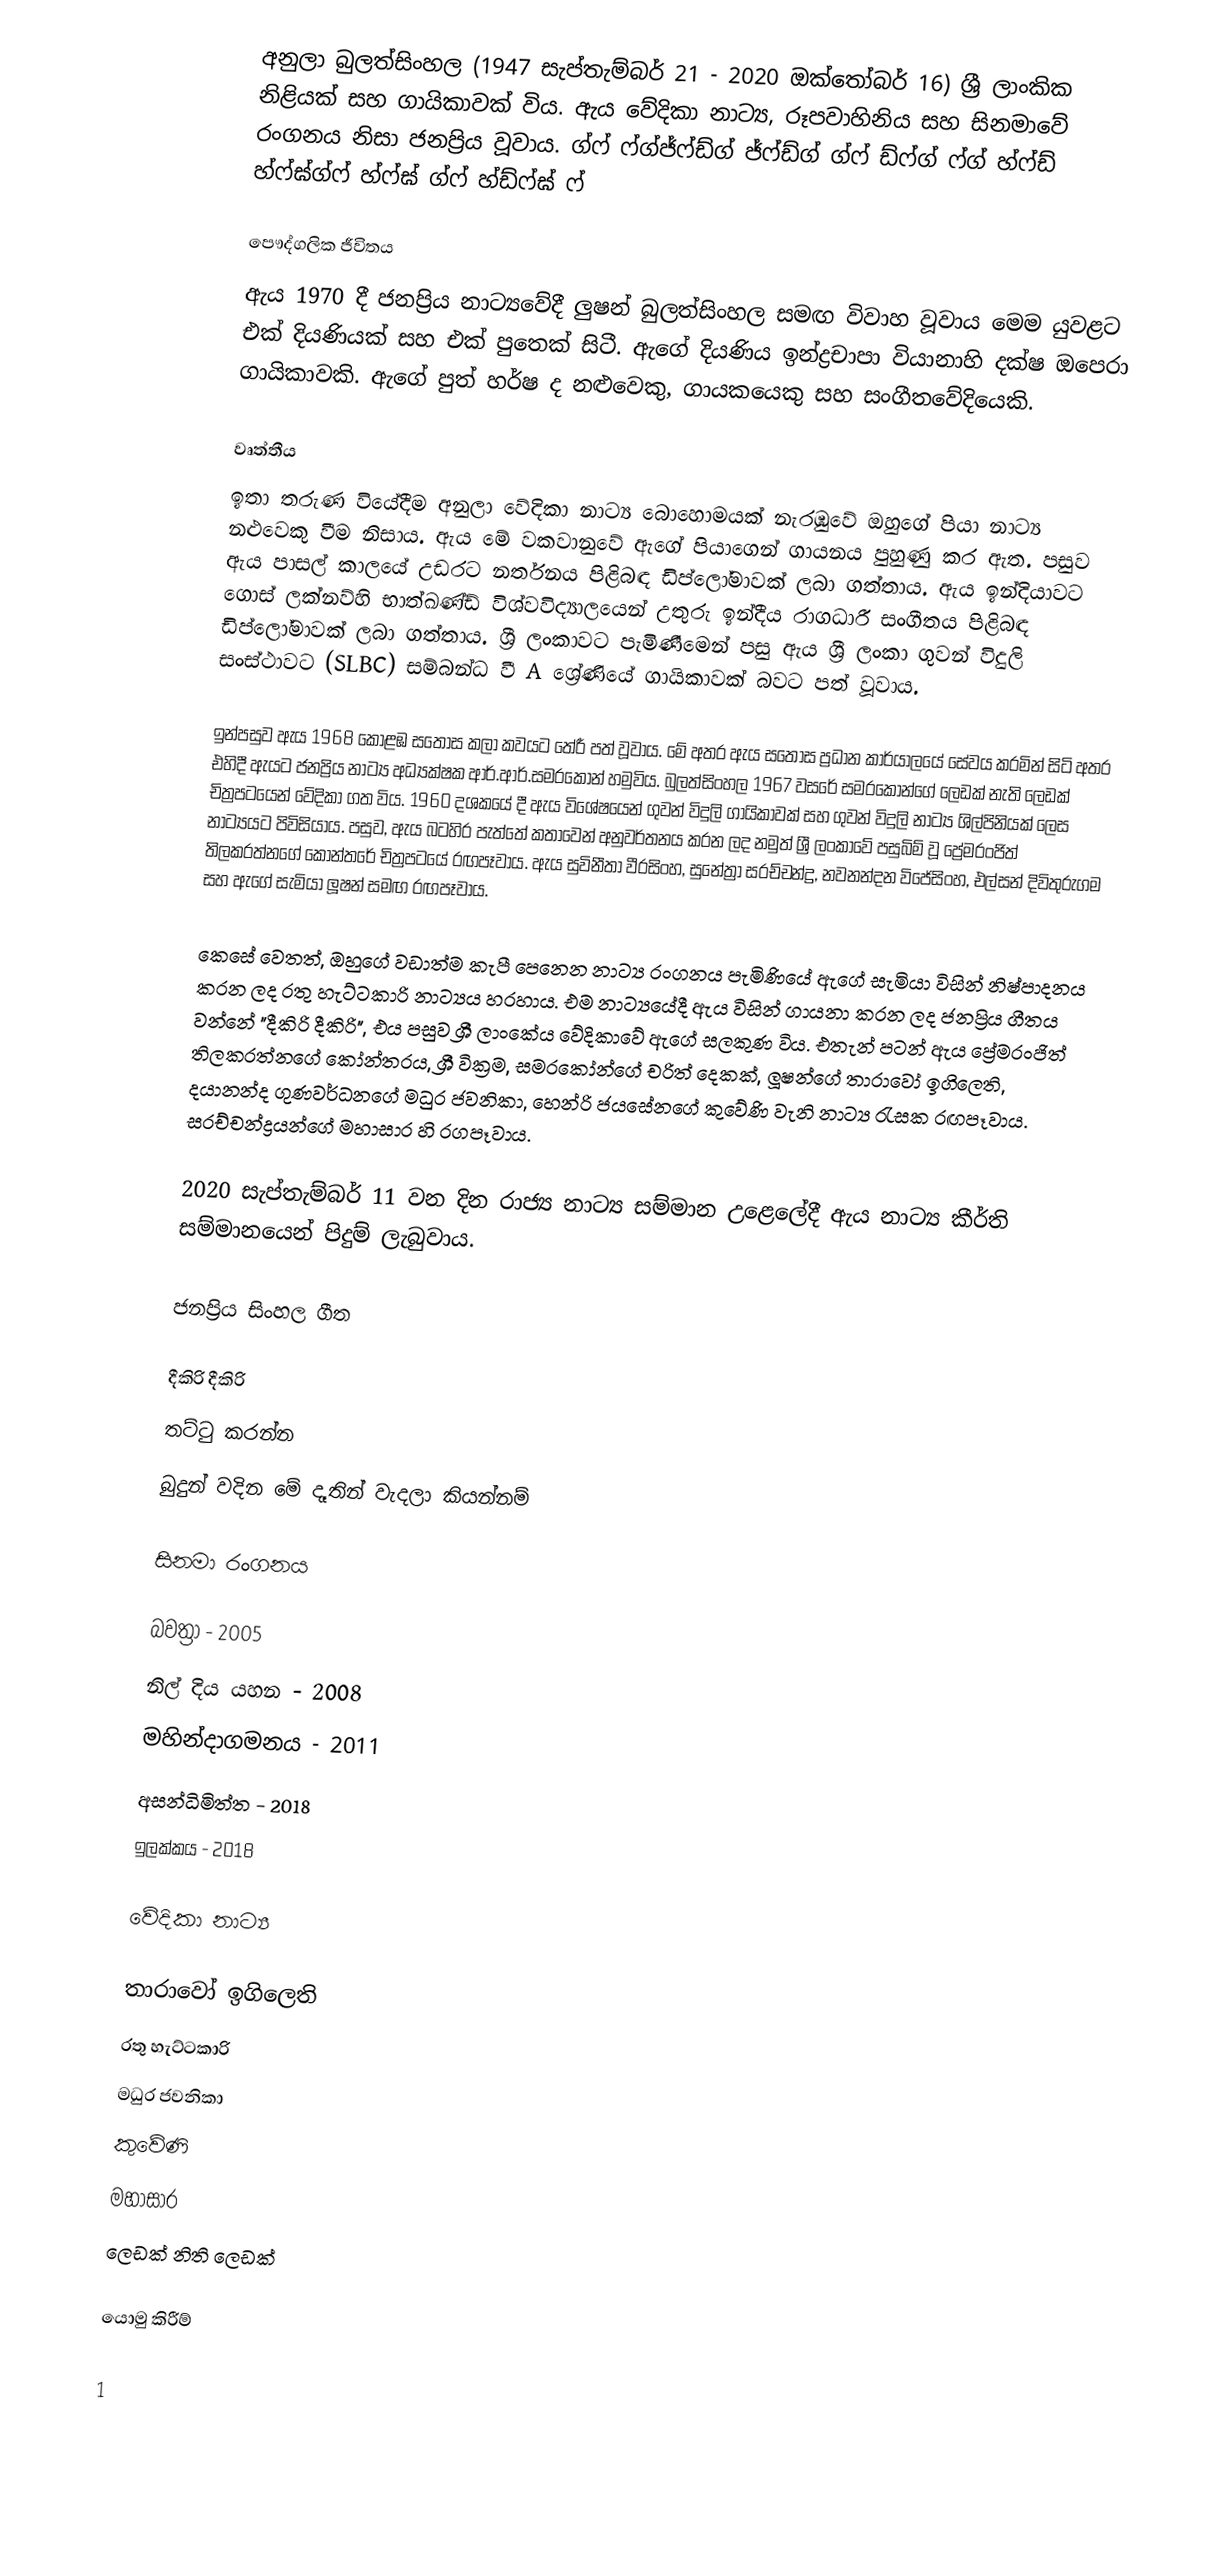
අනුලා බුලත්සිංහල (1947 සැප්තැම්බර් 21 - 2020 ඔක්තෝබර් 16) ශ්‍රී ලාංකික නිළියක් සහ ගායිකාවක් විය. ඇය වේදිකා නාට්‍ය, රූපවාහිනිය සහ සිනමාවේ රංගනය නිසා ජනප්‍රිය වූවාය.  ග්ෆ් ෆ්ග්ජ්ෆ්ඩ්ග් ජ්ෆ්ඩ්ග් ග්ෆ් ඩ්ෆ්ග් ෆ්ග් හ්ෆ්ඩ් හ්ෆ්ඝ්ග්ෆ් හ්ෆ්ඝ් ග්ෆ් හ්ඩ්ෆ්ඝ් ෆ්

පෞද්ගලික ජීවිතය
ඇය 1970 දී ජනප්‍රිය නාට්‍යවේදී ලුෂන් බුලත්සිංහල සමඟ විවාහ වූවාය  මෙම යුවළට එක් දියණියක් සහ එක් පුතෙක් සිටී. ඇගේ දියණිය ඉන්ද්‍රචාපා වියානාහි දක්ෂ ඔපෙරා ගායිකාවකි. ඇගේ පුත් හර්ෂ ද නළුවෙකු, ගායකයෙකු සහ සංගීතවේදියෙකි.

වෘත්තීය
ඉතා තරුණ වියේදීම අනුලා වේදිකා නාට්‍ය බොහොමයක් නැරඹුවේ ඔහුගේ පියා නාට්‍ය නළුවෙකු වීම නිසාය. ඇය මේ වකවානුවේ ඇගේ පියාගෙන් ගායනය පුහුණු කර ඇත. පසුව ඇය පාසල් කාලයේ උඩරට නර්තනය පිළිබඳ ඩිප්ලෝමාවක් ලබා ගත්තාය. ඇය ඉන්දියාවට ගොස් ලක්නව්හි භාත්ඛණ්ඩ් විශ්වවිද්‍යාලයෙන් උතුරු ඉන්දීය රාගධාරී සංගීතය පිළිබඳ ඩිප්ලෝමාවක් ලබා ගත්තාය. ශ්‍රී ලංකාවට පැමිණීමෙන් පසු ඇය ශ්‍රී ලංකා ගුවන් විදුලි සංස්ථාවට (SLBC) සම්බන්ධ වී A ශ්‍රේණියේ ගායිකාවක් බවට පත් වූවාය.

ඉන්පසුව ඇය 1968 කොළඹ සතොස කලා කවයට තේරී පත් වූවාය. මේ අතර ඇය සතොස ප්‍රධාන කාර්යාලයේ සේවය කරමින් සිටි අතර එහිදී ඇයට ජනප්‍රිය නාට්‍ය අධ්‍යක්ෂක ආර්.ආර්.සමරකෝන් හමුවිය. බුලත්සිංහල 1967 වසරේ සමරකෝන්ගේ ලෙඩක් නැති ලෙඩක් චිත්‍රපටයෙන් වේදිකා ගත විය. 1960 දශකයේ දී ඇය විශේෂයෙන් ගුවන් විදුලි ගායිකාවක් සහ ගුවන් විදුලි නාට්‍ය ශිල්පිනියක් ලෙස නාට්‍යයට පිවිසියාය. පසුව, ඇය බටහිර පැත්තේ කතාවෙන් අනුවර්තනය කරන ලද නමුත් ශ්‍රී ලංකාවේ පසුබිම් වූ ප්‍රේමරංජිත් තිලකරත්නගේ කෝන්තරේ චිත්‍රපටයේ රඟපෑවාය. ඇය සුවිනීතා වීරසිංහ, සුනේත්‍රා සරච්චන්ද්‍ර, නවනන්දන විජේසිංහ, එල්සන් දිවිතුරුගම සහ ඇගේ සැමියා ලූෂන් සමඟ රඟපෑවාය.

කෙසේ වෙතත්, ඔහුගේ වඩාත්ම කැපී පෙනෙන නාට්‍ය රංගනය පැමිණියේ ඇගේ සැමියා විසින් නිෂ්පාදනය කරන ලද රතු හැට්ටකාරි නාට්‍යය හරහාය. එම නාට්‍යයේදී ඇය විසින් ගායනා කරන ලද ජනප්‍රිය ගීතය වන්නේ "දීකිරි දීකිරි", එය පසුව ශ්‍රී ලාංකේය වේදිකාවේ ඇගේ සලකුණ විය. එතැන් පටන් ඇය ප්‍රේමරංජිත් තිලකරත්නගේ කෝන්තරය, ශ්‍රී වික්‍රම, සමරකෝන්ගේ චරිත් දෙකක්, ලූෂන්ගේ තාරාවෝ ඉගිලෙති, දයානන්ද ගුණවර්ධනගේ මධුර ජවනිකා, හෙන්රි ජයසේනගේ කුවේණි වැනි නාට්‍ය රැසක රඟපෑවාය. සරච්චන්ද්‍රයන්ගේ මහාසාර හි රගපෑවාය.

2020 සැප්තැම්බර් 11 වන දින රාජ්‍ය නාට්‍ය සම්මාන උළෙලේදී ඇය නාට්‍ය කීර්ති සම්මානයෙන් පිදුම් ලැබුවාය.

ජනප්‍රිය සිංහල ගීත

 දීකිරි දීකිරි
 තට්ටු කරන්න
 බුදුන් වදින මේ දෑතින් වැදලා කියන්නම්

සිනමා රංගනය

 බවත්‍රා - 2005
 නිල් දිය යහන - 2008
 මහින්දාගමනය - 2011
 අසන්ධිමිත්ත - 2018
 ඉලක්කය - 2018

වේදිකා නාට්‍ය

 තාරාවෝ ඉගිලෙති
 රතු හැට්ටකාරි
 මධුර ජවනිකා
 කුවේණි
 මහාසාර
 ලෙඩක් නිති ලෙඩක්

යොමු කිරීම්

1